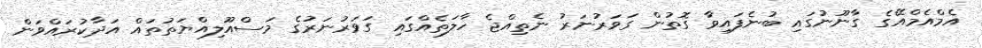
އެމްއެމްއޭގެ ގާނޫނުގައި ބުނެފައިވާ ގޮތުން ގަވަރުނަރު ނެތިއްޖެ ހާލަތެއްގައި ގަވަރުނަރުގެ މަސްއޫލިއްޔަތުތައް އަދާކުރައްވަން